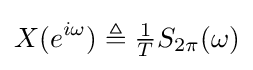
X(e^{i\omega })\triangleq {\tfrac {1}{T}}S_{2\pi }(\omega )